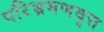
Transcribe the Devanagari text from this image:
परिभ्रमणवृत्त